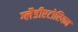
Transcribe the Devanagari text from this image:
ग्लैडीएटोरियम